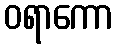
ဝရာကော